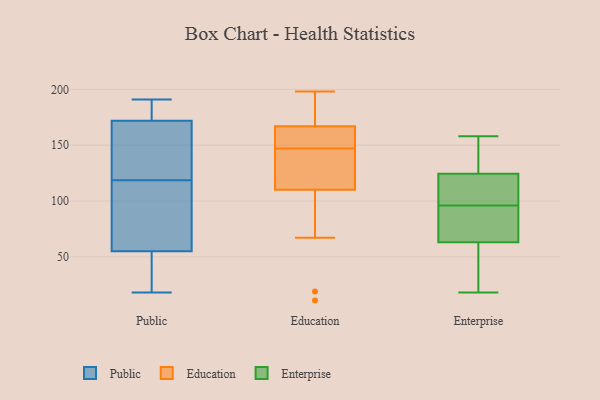
{"axis": {"x": "Conversion Rate (%)", "y": "Value"}, "legend": ["Education", "Enterprise", "Public"], "data": [{"x": "", "y": 82, "type": "Public"}, {"x": "", "y": 191, "type": "Public"}, {"x": "", "y": 158, "type": "Public"}, {"x": "", "y": 66, "type": "Public"}, {"x": "", "y": 23, "type": "Public"}, {"x": "", "y": 131, "type": "Public"}, {"x": "", "y": 18, "type": "Public"}, {"x": "", "y": 113, "type": "Public"}, {"x": "", "y": 186, "type": "Public"}, {"x": "", "y": 124, "type": "Public"}, {"x": "", "y": 186, "type": "Public"}, {"x": "", "y": 44, "type": "Public"}, {"x": "", "y": 19, "type": "Education"}, {"x": "", "y": 173, "type": "Education"}, {"x": "", "y": 104, "type": "Education"}, {"x": "", "y": 145, "type": "Education"}, {"x": "", "y": 155, "type": "Education"}, {"x": "", "y": 198, "type": "Education"}, {"x": "", "y": 170, "type": "Education"}, {"x": "", "y": 147, "type": "Education"}, {"x": "", "y": 154, "type": "Education"}, {"x": "", "y": 110, "type": "Education"}, {"x": "", "y": 139, "type": "Education"}, {"x": "", "y": 148, "type": "Education"}, {"x": "", "y": 117, "type": "Education"}, {"x": "", "y": 147, "type": "Education"}, {"x": "", "y": 11, "type": "Education"}, {"x": "", "y": 67, "type": "Education"}, {"x": "", "y": 198, "type": "Education"}, {"x": "", "y": 167, "type": "Education"}, {"x": "", "y": 137, "type": "Enterprise"}, {"x": "", "y": 123, "type": "Enterprise"}, {"x": "", "y": 110, "type": "Enterprise"}, {"x": "", "y": 158, "type": "Enterprise"}, {"x": "", "y": 60, "type": "Enterprise"}, {"x": "", "y": 78, "type": "Enterprise"}, {"x": "", "y": 111, "type": "Enterprise"}, {"x": "", "y": 48, "type": "Enterprise"}, {"x": "", "y": 72, "type": "Enterprise"}, {"x": "", "y": 150, "type": "Enterprise"}, {"x": "", "y": 103, "type": "Enterprise"}, {"x": "", "y": 18, "type": "Enterprise"}, {"x": "", "y": 125, "type": "Enterprise"}, {"x": "", "y": 18, "type": "Enterprise"}, {"x": "", "y": 48, "type": "Enterprise"}, {"x": "", "y": 149, "type": "Enterprise"}, {"x": "", "y": 96, "type": "Enterprise"}, {"x": "", "y": 81, "type": "Enterprise"}, {"x": "", "y": 72, "type": "Enterprise"}]}